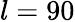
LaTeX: l=90